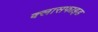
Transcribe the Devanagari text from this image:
क्लासफाइड